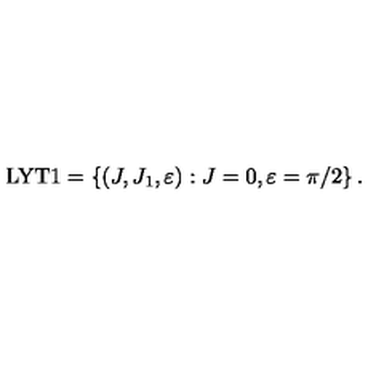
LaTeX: \mathrm { L Y T 1 } = \left\{ ( J , J _ { 1 } , \varepsilon ) : J = 0 , \varepsilon = \pi / 2 \right\} .